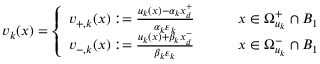
v _ { k } ( x ) = \left\{ \begin{array} { l l } { v _ { + , k } ( x ) : = \frac { u _ { k } ( x ) - \alpha _ { k } x _ { d } ^ { + } } { \alpha _ { k } \varepsilon _ { k } } \qquad } & { x \in \Omega _ { u _ { k } } ^ { + } \cap B _ { 1 } } \\ { v _ { - , k } ( x ) : = \frac { u _ { k } ( x ) + \beta _ { k } x _ { d } ^ { - } } { \beta _ { k } \varepsilon _ { k } } \qquad } & { x \in \Omega _ { u _ { k } } ^ { - } \cap B _ { 1 } } \end{array} \right.